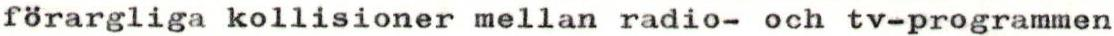
förargliga kollisioner mellan radio- och tv-programmen